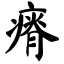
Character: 瘠